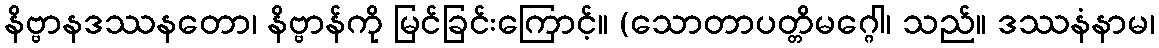
နိဗ္ဗာနဒဿနတော၊ နိဗ္ဗာန်ကို မြင်ခြင်းကြောင့်။ (သောတာပတ္တိမဂ္ဂေါ၊ သည်။ ဒဿနံနာမ၊